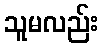
သူမလည်း